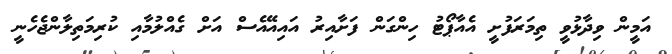
އަމީން ވިދާޅުވީ ތިމަރަފުށީ އެއާޕޯޓު ހިންގަން ފަށާއިރު އައިއޭއެސް އަށް ގެއްލުމާއި ކުރިމަތިލާންޖެހެނީ